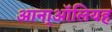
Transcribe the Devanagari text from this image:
आना्ऑलियह